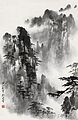
青山霁后云犹在，画出东南四五峰。